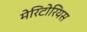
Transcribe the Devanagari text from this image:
मेरिटोरियस